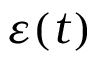
\varepsilon ( t )